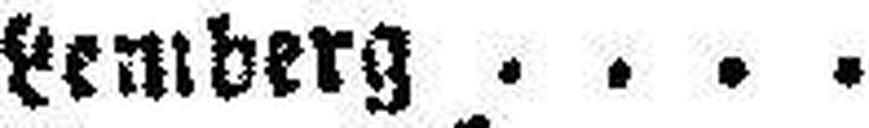
Lemberg